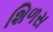
શિળસ